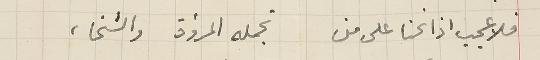
فلا عجب اذا نحنا على من تجمله المرؤة والسَخاء